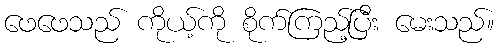
ဖေဖေသည် ကိုယ့်ကို စိုက်ကြည့်ပြီး မေးသည်။